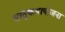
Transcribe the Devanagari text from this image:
धातुकथायोजना